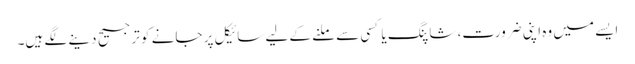
ایسے میں وہ اپنی ضرورت، شاپنگ یا کسی سے ملنے کے لیے سائیکل پر جانے کو ترجیح دینے لگے ہیں۔